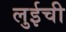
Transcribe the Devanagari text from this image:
लुईची